Civil Veterinary Department Bengal reports 1923-33 - 1923-1933
Year: 1923
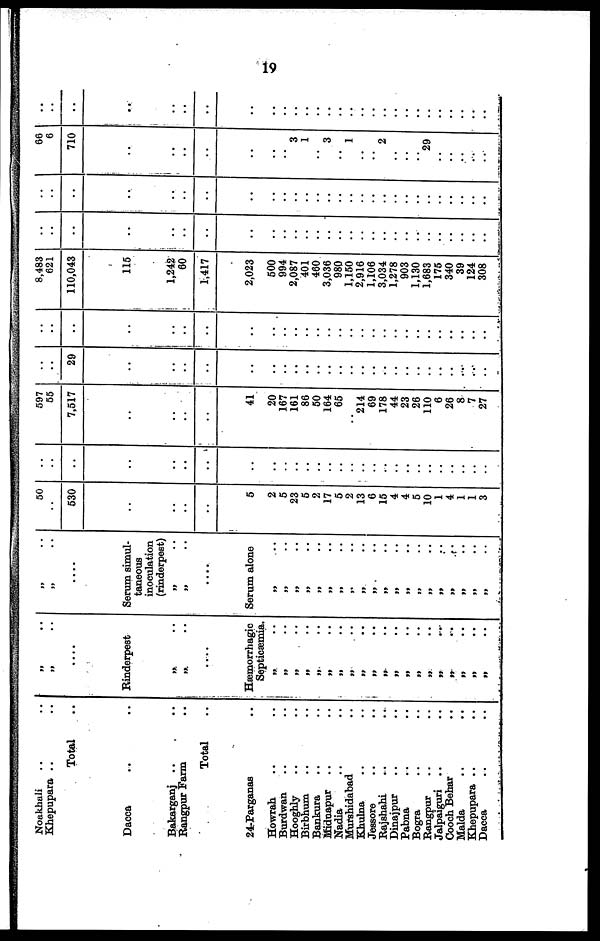
19
Noakhali .. ..
Khepupara .. ..
Total ..
Dacca ....
Bakarganj .. ..
Rangpur Farm ..
Total ..
24-Parganas ..
Howrah .. ..
Burdwan .. ..
Hooghly .. ..
Birbhum .. ..
Bankura .. ..
Midnapur .. ..
Nadia .. ..
Murshidabad ..
Khulna .. ..
Jeasore .. ..
Rajshahi .. ..
Dinajpur .. ..
Pabna .. ..
Bogra .. ..
Rangpur .. ..
Jalpaiguri .. ..
Cooch Behar ..
Malda .. ..
Khepupara .. ..
Dacca .. ..
„ ..
„ ..
....
Rinderpest
„ ..
„ ..
Hæmorrhagic
Septicæmia.
„ ..
„ ..
„ ..
„ ..
„ ..
„ ..
„ ..
„ ..
„ ..
„ ..
„ ..
„ ..
„ ..
„ ..
„ ..
„..
„.. „ ..
„ ..
„ ..
„..
„ ..
....
Serum simul-
taneous
inoculation
(rinderpest)
„ ..
„ ..
....
Serum alone
„ ..
„ ..
„ ..
„ ..
„ ..
„ ..
„ ..
„ ..
„ ..
„ ..
„ ..
„ ..
„ ..
„ ..
„ ..
„..
„.. „ ..
„ ..
„ ..
50
..
530
..
..
..
..
5
2
5
23
6
2
17
6
2
13
6
15
4
4
5
10
1
4
1
1
3
..
..
..
..
..
..
..
..
..
..
..
..
..
..
..
..
..
..
..
..
..
..
..
..
..
..
.. ..
..
..
597
55
7,517
..
..
..
..
..
41
..
20
167
161
86
60
164
65
..
214
69
178
44
23
26
110
6
26
8
7
27
..
..
29
..
..
..
..
..
..
..
..
..
..
..
..
..
..
..
..
..
..
..
..
..
..
..
.. ..
..
..
..
..
..
..
..
..
..
..
..
..
..
..
..
..
..
..
..
..
..
..
..
..
..
..
....
..
..
..
8,483
621
110,043
116
1,242
60
1,417
2,023
500
994
2,087
401
460
3,036
980
1,150
2,916
1,106
3.034
1.278
903
1.130
1,683
175
340
39
124
308
..
..
..
..
..
..
..
..
..
..
..
..
..
..
..
..
..
..
..
..
..
..
..
..
..
..
..
..
..
..
..
..
..
..
..
..
..
..
..
..
..
..
..
..
..
..
..
..
..
..
..
..
..
..
..
..
66
6
710
..
..
..
..
..
..
..
3
1
..
3
..
1
..
2
..
..
..
29
..
..
..
..
..
..
..
..
..
..
..
..
..
..
..
..
..
..
..
..
..
..
..
..
..
..
..
..
..
..
..